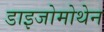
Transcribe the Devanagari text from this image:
डाइजोमोथेन